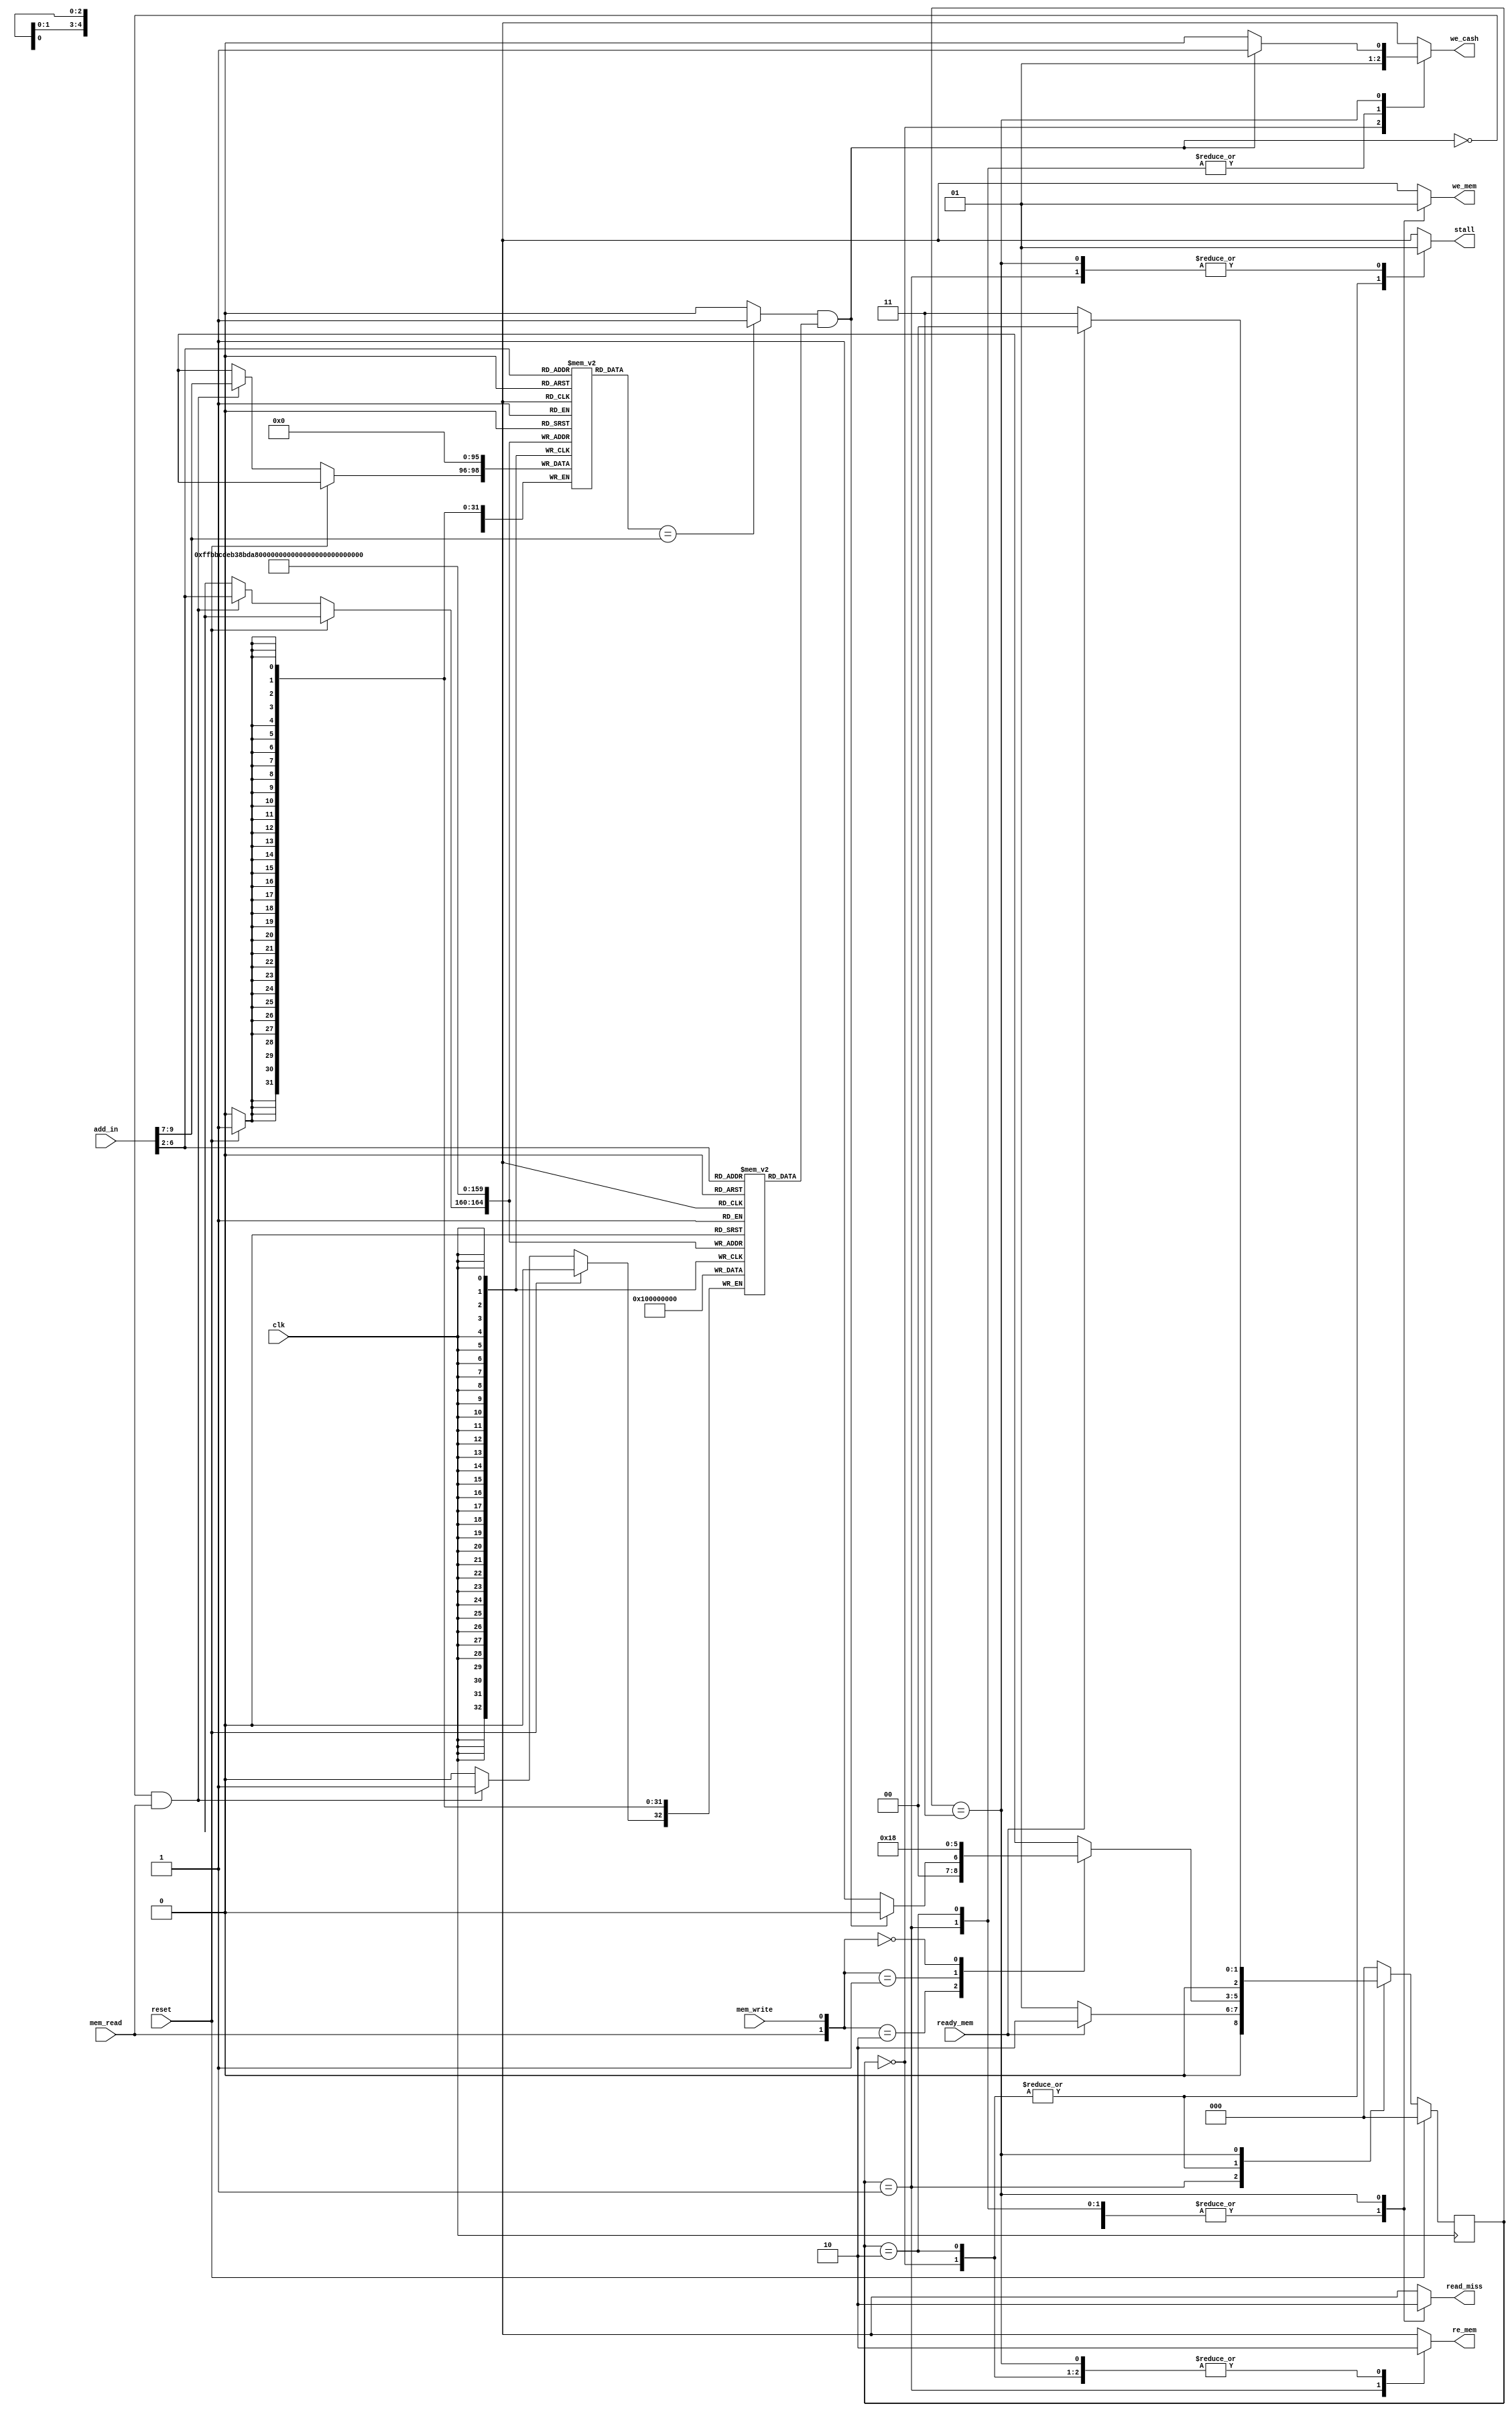
module memory_control_unit (clk,reset,add_in,mem_read,mem_write,ready_mem,stall
							,we_mem,re_mem,we_cash,read_miss);

parameter data_mem_length = 1024;
parameter cash_mem_length = 128;
parameter cash_mem_block_size = 4; //(cash_mem_block_size)per data_mem_word

localparam mem_block_no_bits = $clog2(data_mem_length) - $clog2(cash_mem_length);

localparam idle  		   = 4'd0;  //idle and read hit
localparam read_mem        = 4'd1;  //read miss and prepare data from mem
localparam read_miss_cash  = 4'd2; 	// read_miss and deliver data from mem to cash
localparam write 		   = 4'd3;  //write hit or miss

input clk,reset,mem_read,mem_write,ready_mem;
input [31:0] add_in;
output reg stall,we_mem,re_mem,we_cash,read_miss;

reg [0:0] valid [(cash_mem_length/cash_mem_block_size)-1:0];
wire tag;
reg [mem_block_no_bits-1:0] mem_block_no [(cash_mem_length/cash_mem_block_size)-1:0];


wire h_m = (tag) & (valid [add_in [$clog2(cash_mem_length)-1:$clog2(cash_mem_block_size)]]);

reg [2:0] current_state,next_state;
always@(negedge clk)
begin
	if (reset)
		current_state <= idle;
	else
		current_state <= next_state;
end

always@(current_state,h_m,mem_read,mem_write,ready_mem)
begin
	case (current_state)
	idle:begin 
			case ({mem_read,mem_write}) // synopsys full_case
			2'b10:begin
					if (h_m)
						next_state = idle;
					else 
						next_state = read_mem;
				  end
			2'b01: next_state = write;
			2'b00: next_state = idle;
		    endcase
		end
	read_mem:begin
			if (ready_mem)
				next_state = read_miss_cash;
			else
				next_state = read_mem;
		 end
	read_miss_cash:begin
					case ({mem_read,mem_write}) // synopsys full_case
					2'b10:begin
							if (h_m)
								next_state = idle;
							else 
								next_state = read_mem;
						  end
					2'b01: next_state = write;
					2'b00: next_state = idle;
					endcase
				   end
	write:begin
			if (ready_mem)
				next_state = idle;
			else
				next_state = write;
		  end
	default: next_state = idle;
	endcase
end

always@(current_state)
begin
	case (current_state)	//synopsys full_case
	idle:begin
			we_cash = 1'b0;
			we_mem = 1'b0;
			re_mem = 1'b0;
			read_miss = 1'b1;
			stall = 1'b0;
		end
	read_mem:begin
				we_cash = 1'b1;
				we_mem = 1'b0;
				re_mem = 1'b1;
				read_miss = 1'b1;
				stall = 1'b1;
			  end
	read_miss_cash:begin
					we_cash = 1'b1;
					we_mem = 1'b0;
					re_mem = 1'b0;
					read_miss = 1'b1;
					stall = 1'b0;
				   end		  
	write:begin
			if (h_m)
			begin
				we_cash = 1'b1;
				we_mem = 1'b1;
				re_mem = 1'b0;
				read_miss = 1'b0;
				stall = 1'b1;
			end
			else
			begin
				we_cash = 1'b0;
				we_mem = 1'b1;
				re_mem = 1'b0;
				read_miss = 1'b0;
				stall = 1'b1;
			end
		  end
	endcase
end

assign tag = (mem_block_no [add_in [$clog2(cash_mem_length)-1:$clog2(cash_mem_block_size)]]
				== add_in[$clog2(data_mem_length)-1:$clog2(cash_mem_length)]) ? 1'b1 : 1'b0;


integer i;
always@(posedge clk)
begin
	if (reset)
	begin
		for (i=0;i<=(cash_mem_length/cash_mem_block_size)-1;i=i+1)
		  begin
			valid[i] = 0;
			mem_block_no[i] = 0;
		  end
	end
	else if ((~h_m) & mem_read)
	begin
		valid [add_in [$clog2(cash_mem_length)-1:$clog2(cash_mem_block_size)]] = 1'b1;
		mem_block_no [add_in [$clog2(cash_mem_length)-1:$clog2(cash_mem_block_size)]] 
							= add_in[$clog2(data_mem_length)-1:$clog2(cash_mem_length)];
	end
end


endmodule